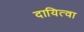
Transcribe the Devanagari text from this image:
दायित्वा